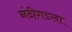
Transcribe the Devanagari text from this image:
नंदीगडला